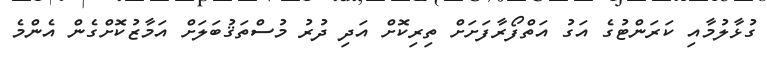
ގުޅާލުމާއި ކަރަންޓުގެ އަގު އަތްފޯރާފަށަށް ތިރިކޮށް އަދި ދުރު މުސްތަޤުބަލަށް އަމާޒުކޮށްގެން އެންމެ